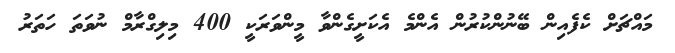
މައްޗަށް ކެފެއިން ބޭނުންކުރުން އެންމެ އެކަށީގެންވާ މީންވަރަކީ 400 މިލިގްރާމް ނުވަތަ ހަތަރު